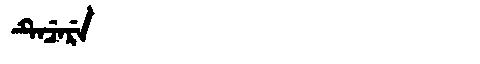
Manchu: ᡨᡝᠴᡝᡵᡝ
Romanization: TECERE